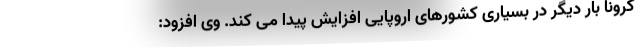
کرونا بار دیگر در بسیاری کشورهای اروپایی افزایش پیدا می کند. وی افزود: